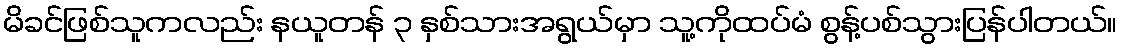
မိခင်ဖြစ်သူကလည်း နယူတန် ၃ နှစ်သားအရွယ်မှာ သူ့ကိုထပ်မံ စွန့်ပစ်သွားပြန်ပါတယ်။